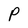
Character: P